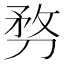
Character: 𠝸